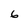
Character: 6